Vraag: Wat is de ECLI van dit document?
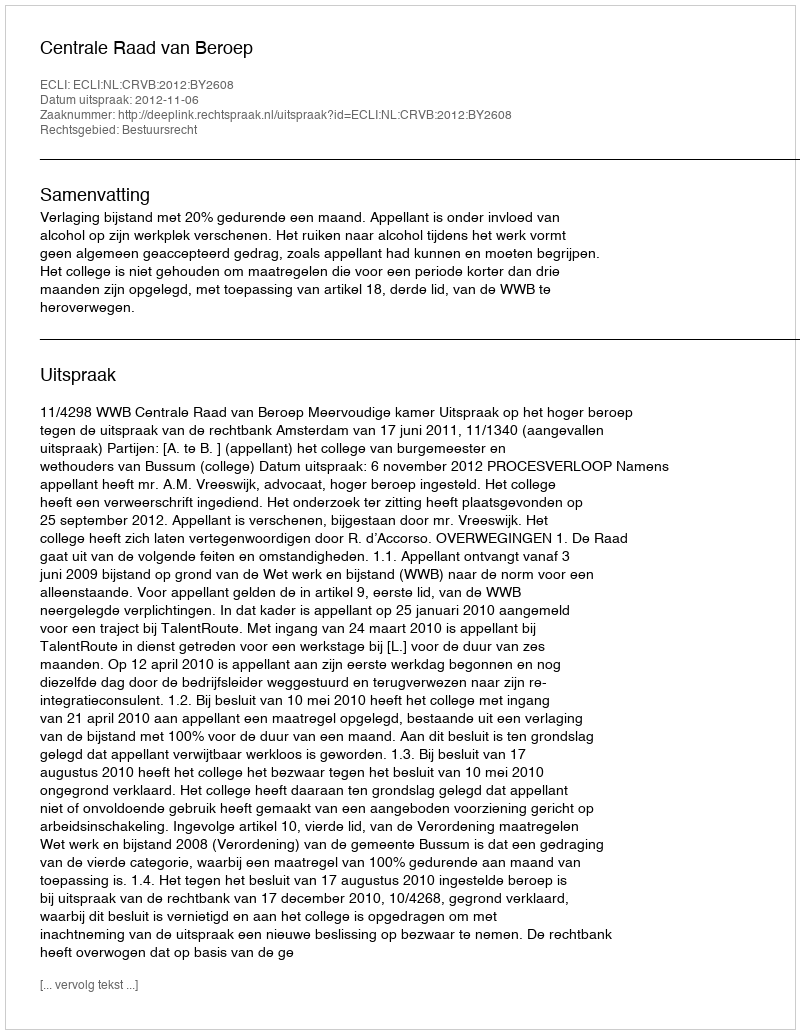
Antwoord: ECLI:NL:CRVB:2012:BY2608